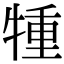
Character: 𤚏